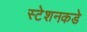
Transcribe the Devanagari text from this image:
स्टेशनकडे